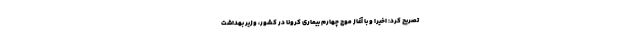
تصریح کرد: اخیرا و با آغاز موج چهارم بیماری کرونا در کشور، وزیر بهداشت